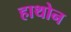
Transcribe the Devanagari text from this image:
हाथोन